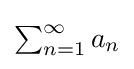
{\textstyle \sum _{n=1}^{\infty }a_{n}}